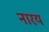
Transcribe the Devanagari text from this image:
नारय